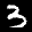
Label: 3